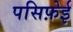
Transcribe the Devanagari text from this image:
पसिफ़ेई